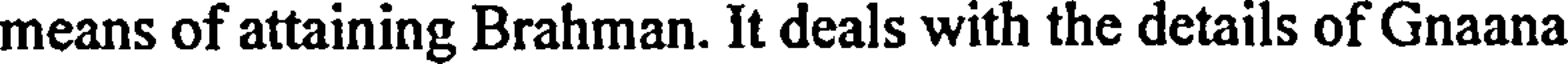
means of attaining Brahman. It deals with the details of Gnaana